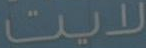
لايت